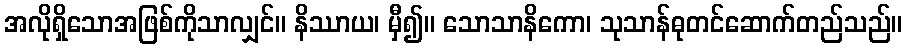
အလိုရှိသောအဖြစ်ကိုသာလျှင်။ နိဿာယ၊ မှီ၍။ သောသာနိကော၊ သုသာန်ဓုတင်ဆောက်တည်သည်။